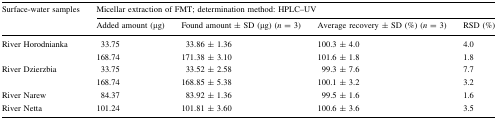
<table><thead><tr><td rowspan="2"><b>Surface-water samples</b></td><td colspan="4"><b>Micellar extraction of FMT; determination method: HPLC–UV</b></td></tr><tr><td><b>Added amount (μg)</b></td><td><b>Found amount ± SD (μg) (<i>n</i> = 3)</b></td><td><b>Average recovery ± SD (%) (<i>n</i> = 3)</b></td><td><b>RSD (%)</b></td></tr></thead><tbody><tr><td rowspan="2">River Horodnianka</td><td>33.75</td><td>33.86 ± 1.36</td><td>100.3 ± 4.0</td><td>4.0</td></tr><tr><td>168.74</td><td>171.38 ± 3.10</td><td>101.6 ± 1.8</td><td>1.8</td></tr><tr><td rowspan="2">River Dzierzbia</td><td>33.75</td><td>33.52 ± 2.58</td><td>99.3 ± 7.6</td><td>7.7</td></tr><tr><td>168.74</td><td>168.85 ± 5.38</td><td>100.1 ± 3.2</td><td>3.2</td></tr><tr><td>River Narew</td><td>84.37</td><td>83.92 ± 1.36</td><td>99.5 ± 1.6</td><td>1.6</td></tr><tr><td>River Netta</td><td>101.24</td><td>101.81 ± 3.60</td><td>100.6 ± 3.6</td><td>3.5</td></tr></tbody></table>